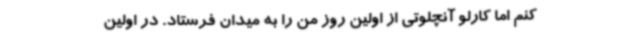
کنم‌ اما کارلو آنچلوتی از اولین روز من را به میدان فرستاد. در اولین